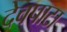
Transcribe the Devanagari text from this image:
देवपाटा